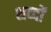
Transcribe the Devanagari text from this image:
शव्‍दों